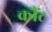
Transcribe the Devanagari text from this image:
कौंट